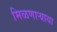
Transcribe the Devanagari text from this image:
मिळणार्‍याया